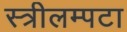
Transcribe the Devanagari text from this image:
स्त्रीलम्पटा